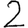
Digit: 2